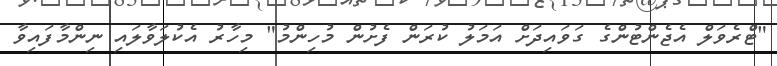
"ޓްރެވަލް އެޖެންޓުންގެ ގަވައިދަށް އަމަލު ކުރަން ފެށުން މުހިންމު" މިހާރު އެކުލަވާލައި ނިންމާފައިވާ